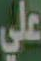
علي